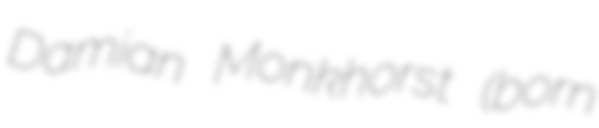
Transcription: Damian Monkhorst (born